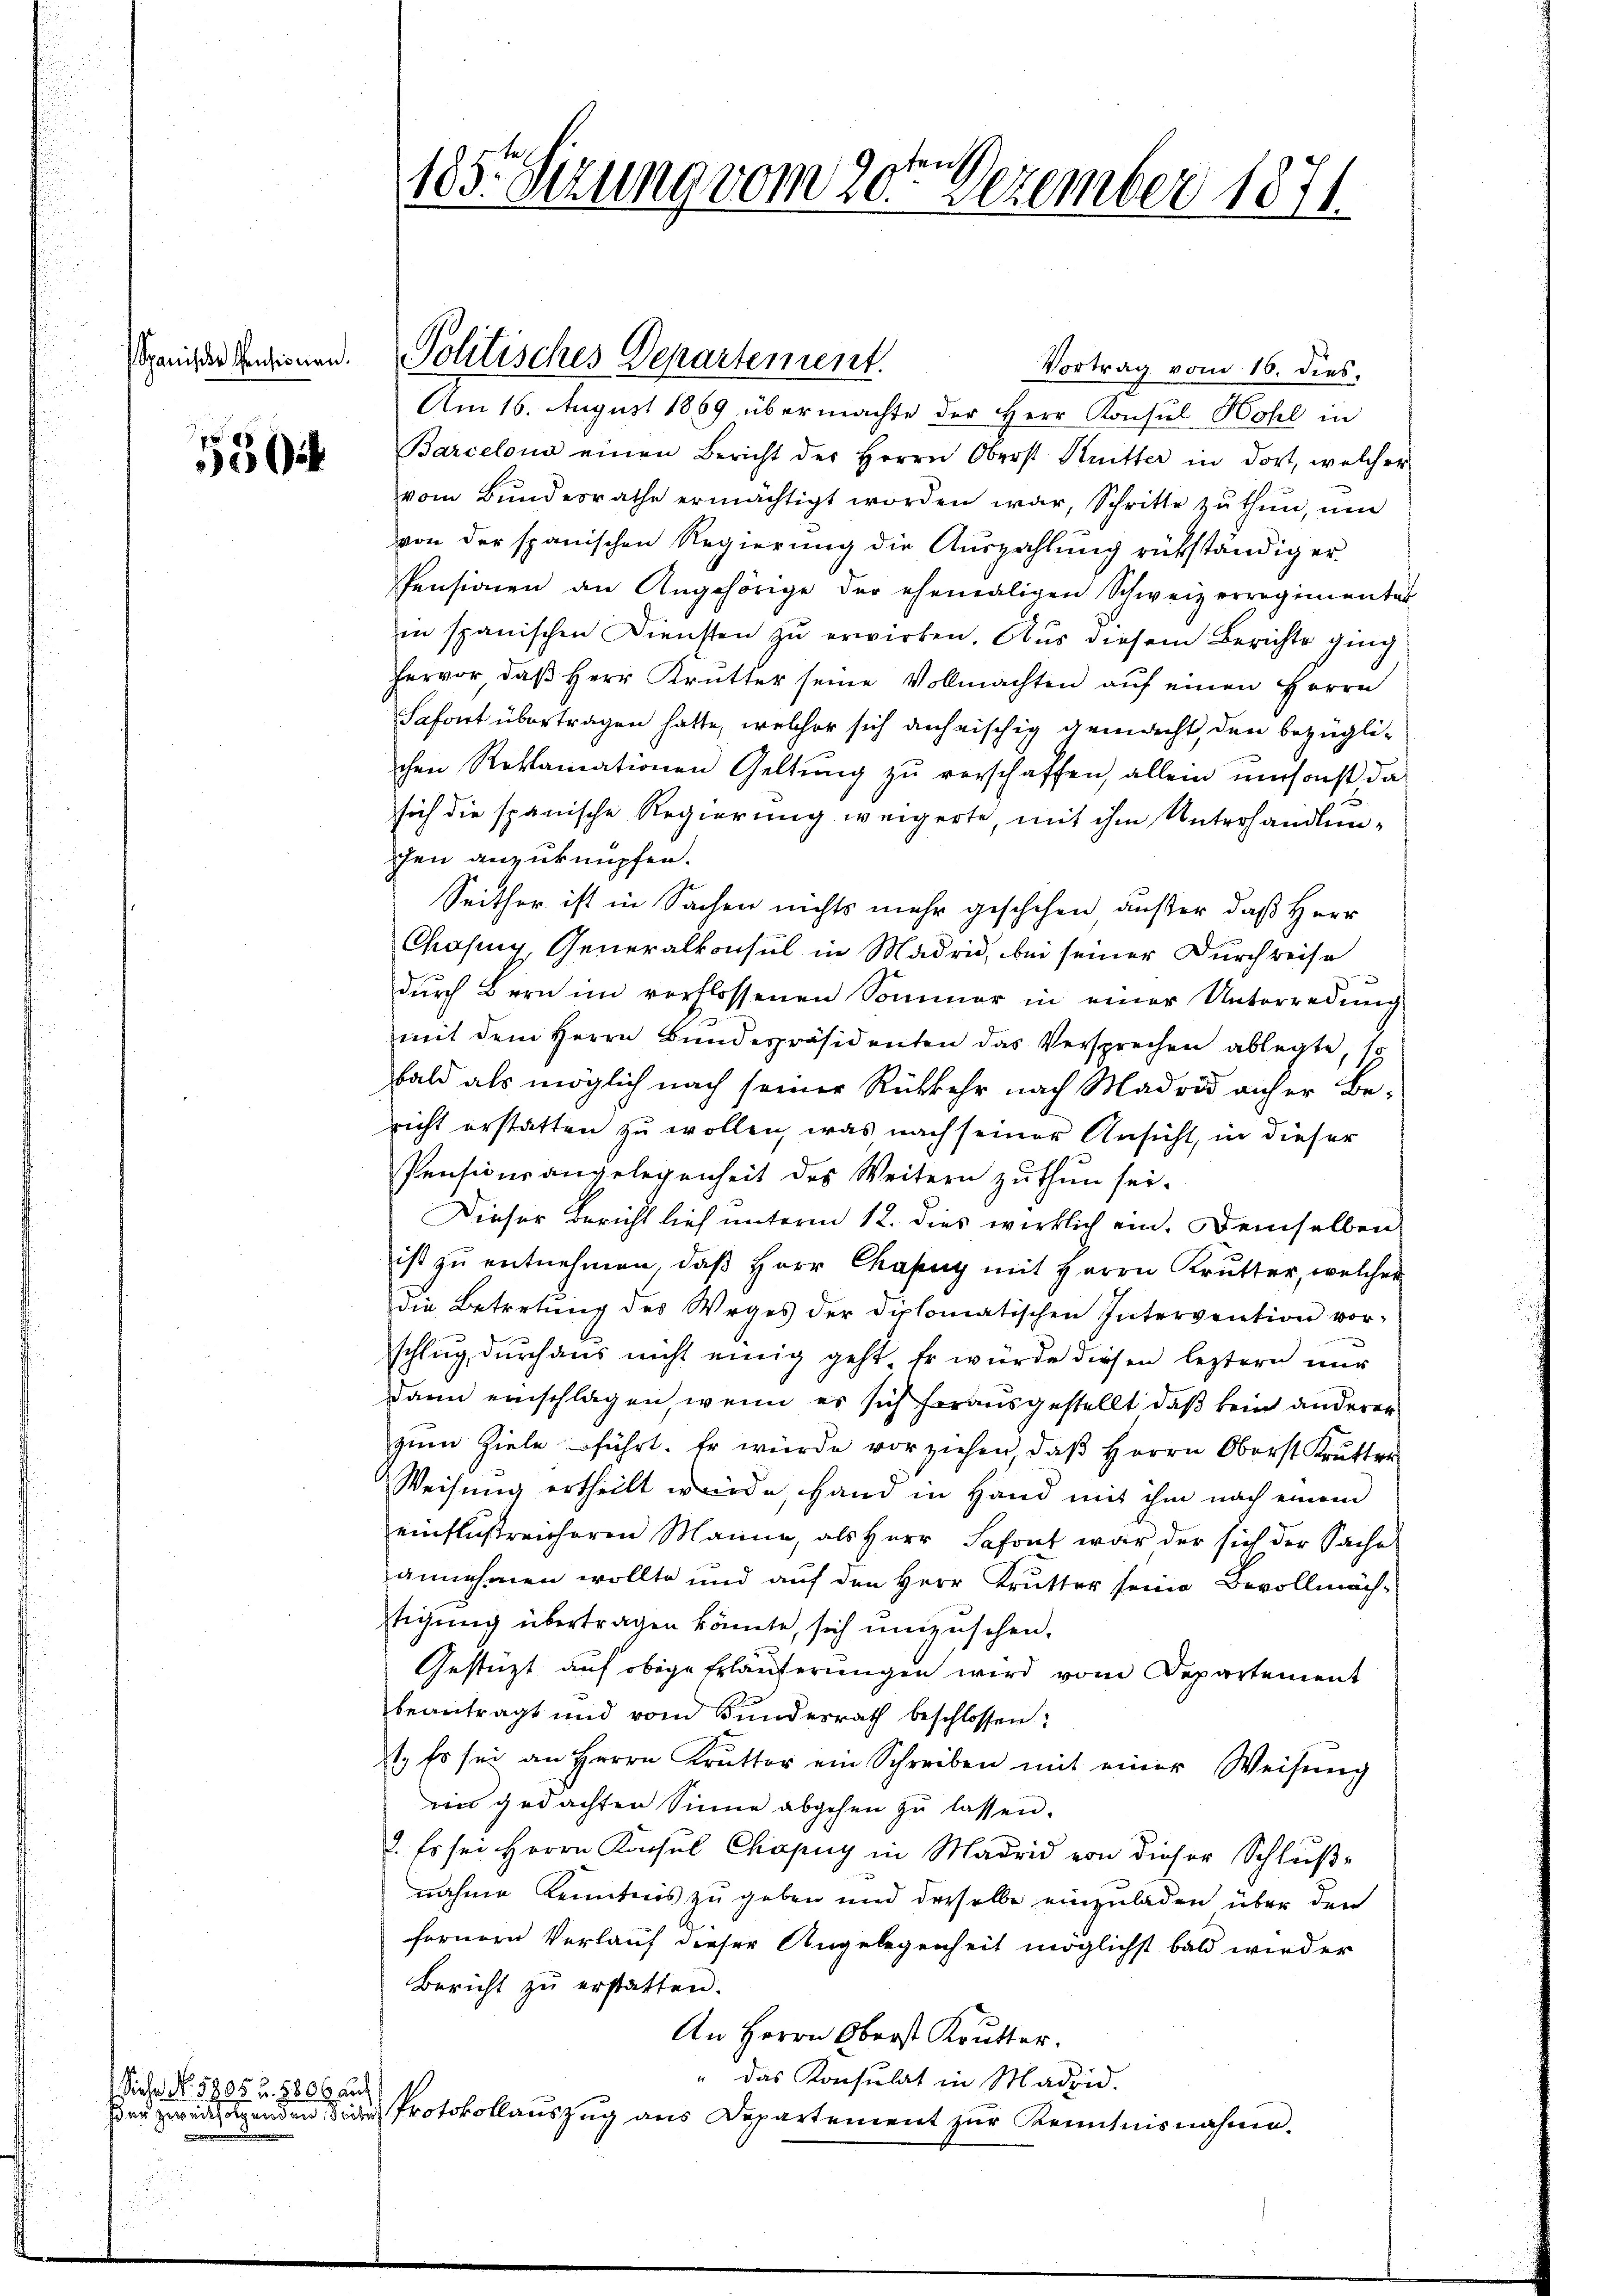
550

Siche No. 5805 u. 880f auf

Vortrag vom 16. dies,
Am 16. August 1869 übermachte der Herr Konsul Hohl in
Barcelona einen Bericht der Herrn Oberst Krütter in dort, welcher
vom Bundesrathe ermächtigt worden war, Schritte zŭ thŭn, ŭm
von der spanischen Regierŭng die Aŭszahlŭng rükständig er
Pensionen an Angehörige der ehemaligen Schweizerregimentar
in spanischen Diensten zŭ erwirken. Aus diesem Berichte ging
hervor, daβ Herr Krŭtter seine Vollmachten aŭf einen Herrn
Safort übertragen hatte, welcher sich anheischig gemacht, den bezüglichen Reklamationen Geltung zu verschaffen, allein umsonst da
sich die spanische Regierung weigerte, mit ihm Unterhandlunchen anzuknüpfen.
Seithor ist in Sachen nichts mehr geschehen außer, daß Herr
Casing Generalkonsul in Madrid, bei seiner Durchreise
dŭrch Bern im verflossenen Sommer in einer Unterredung
mit dem Herrn Bundespräsidenten das Versprechen ablegte, so
bald als möglich nach seiner Rückkehr nach Madrid anher Be-
richt erstatten zu wollen, was nach seiner Ansicht, in dieser
Pensionsangelegenheit des Weitern zu thun sei.
Dieser Bericht lief unterm 12. dies wirklich ein. Demselben
ist zu entnehmen, daβ Herr Chasny mit Herrn Krutter, welcher
die Betretŭng des Weges der diplomatischen Intervention vor-
schlug, durchaus nicht einig geht Er würde diesen leztern nur
Dann einschlagen, wenn es sich herausgestellt, daß kein anderer
zum Ziele führt. Er würde vorziehen, daß Herrn Oberst Krutter
Weisung ertheilt wurde, Hand in Hand mit ihm nach einem
einflußreicheren Manne, als Herr Safont war der sich der Sache
annehmen wollte und auf den Herr Krutter seine Bevollmäch-
tigung übertragen könnte, sich umzusehen.
Gestützt auf obige Erläuterungen wird vom Departement
beantragt und vom Bundesrath beschlossen:
1. Es sei an Herrn Kruttor ein Schreiben mit einer Weisŭng
ein gedachten Sinne abgehen zu lassen.
2. Es sei Herrn Konsul Chapuy in Madrid von dieser Schluße
nahme Kenntnis zu geben und derselbe einzuladen über den
fernern Verlauf dieser Angelegenheit möglichst bald wird er
Bericht zu erstatten.
An Herrn Oberst Kutter.
" das Konsulat in Madrid.
dau zweitfolgenden die Protokollauszug aus Departement zur Kenntnisnahme.

tens
185. Sizung vom 20. Dezember 1871.

Spanischer Indienen. Politisches Departement.